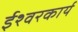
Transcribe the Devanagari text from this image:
ईश्वरकार्य